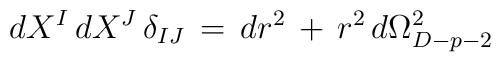
\, dX^I \,dX^J \, \delta_{IJ} \, = \, dr^2 \, + \, r^2 \, d\Omega_{D-p-2}^2